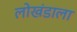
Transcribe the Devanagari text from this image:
लोखंडाला